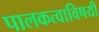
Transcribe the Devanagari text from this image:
पालकत्वाविषयी